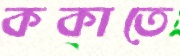
ককাতে